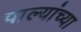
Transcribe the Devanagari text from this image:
पाल्यांच्या